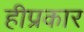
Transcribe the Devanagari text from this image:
हीप्रकार